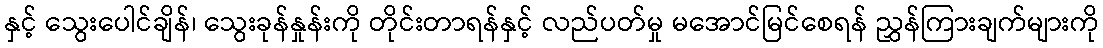
နှင့် သွေးပေါင်ချိန်၊ သွေးခုန်နှုန်းကို တိုင်းတာရန်နှင့် လည်ပတ်မှု မအောင်မြင်စေရန် ညွှန်ကြားချက်များကို